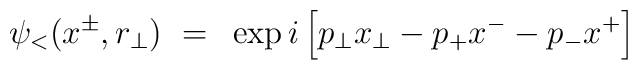
\psi_<(x^{\pm}, r_{\perp})~=~\exp i \left[ p_{\perp} x_{\perp} - p_{+}x^{-} - p_{-}x^{+}\right ]